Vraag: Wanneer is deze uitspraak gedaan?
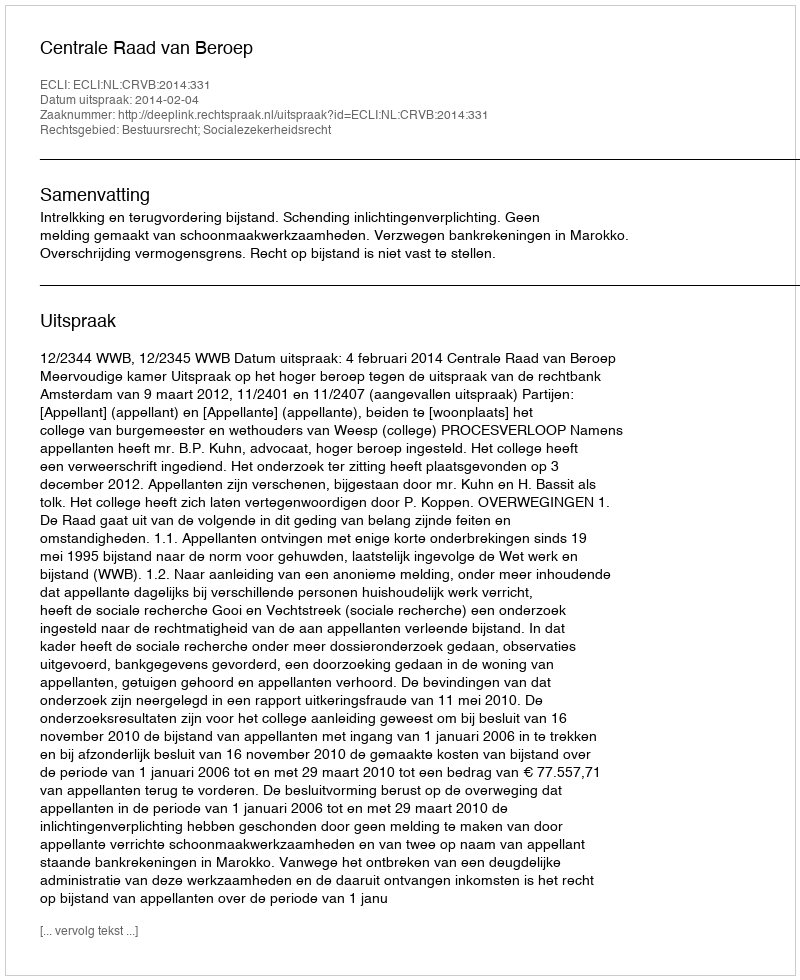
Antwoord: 2014-02-04